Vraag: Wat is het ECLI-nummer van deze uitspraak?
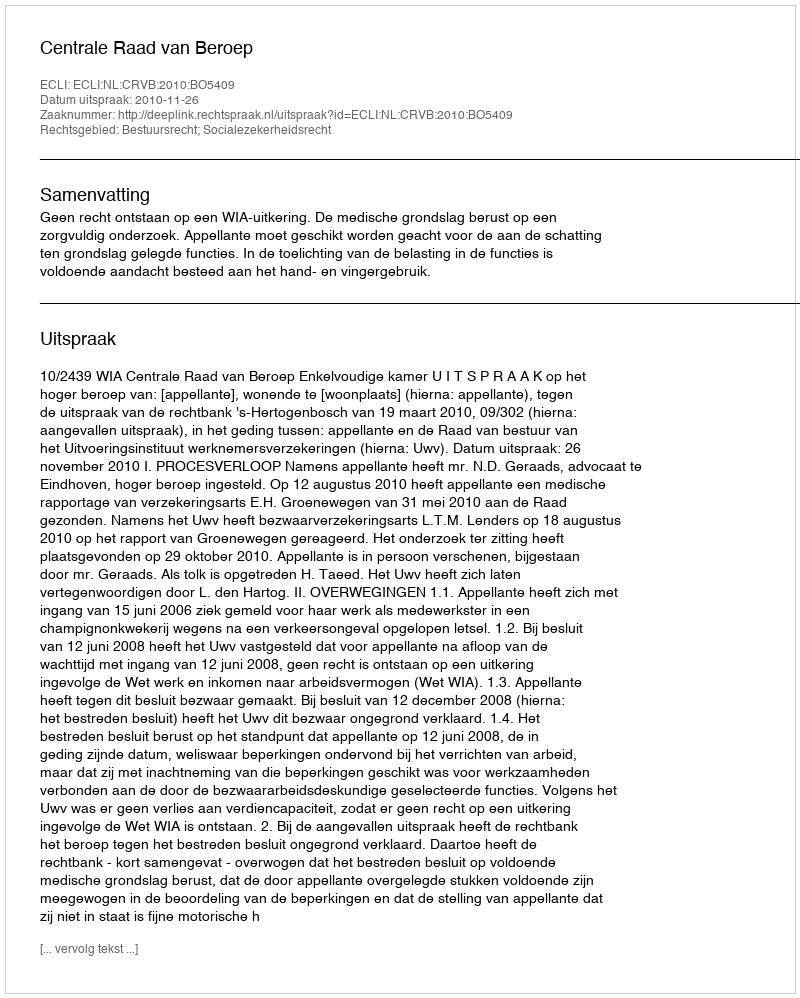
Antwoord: ECLI:NL:CRVB:2010:BO5409